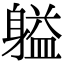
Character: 𬧬